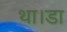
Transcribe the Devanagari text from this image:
था।डा